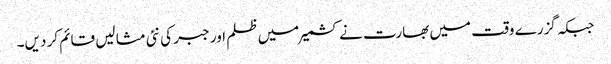
جبکہ گزرے وقت میں بھارت نے کشمیر میں ظلم اور جبر کی نئی مثا لیں قائم کر دیں۔